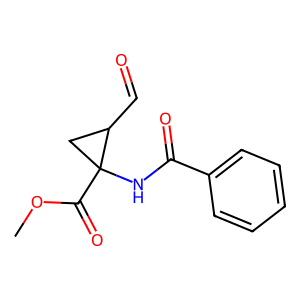
SMILES: COC(=O)C1(NC(=O)c2ccccc2)CC1C=O
Inhibits HIV replication: No